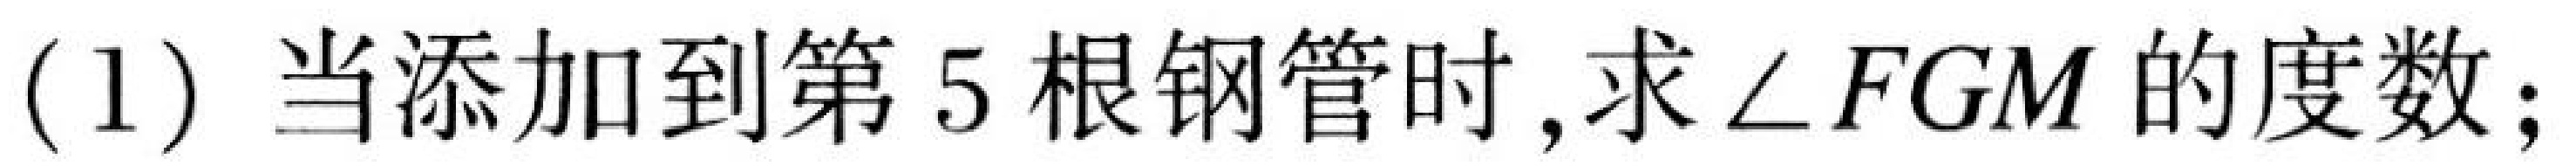
(1) 当添加到第5根钢管时,求\(\angle FGM\)的度数;